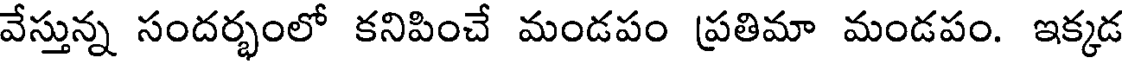
వేస్తున్న సందర్భంలో కనిపించే మండపం ప్రతిమా మండపం. ఇక్కడ